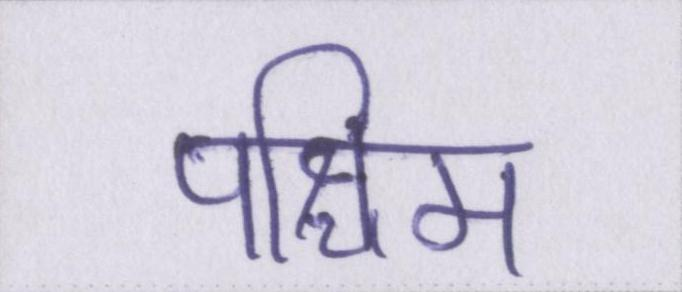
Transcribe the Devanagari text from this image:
पश्चिम